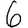
Digit: 6